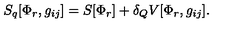
S _ { q } [ \Phi _ { r } , g _ { i j } ] = S [ \Phi _ { r } ] + \delta _ { Q } V [ \Phi _ { r } , g _ { i j } ] .